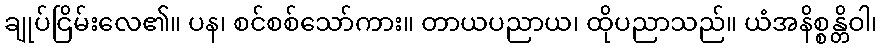
ချုပ်ငြိမ်းလေ၏။ ပန၊ စင်စစ်သော်ကား။ တာယပညာယ၊ ထိုပညာသည်။ ယံအနိစ္စန္တိဝါ၊